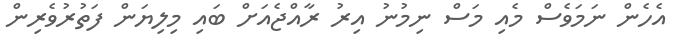
އެހެން ނަމަވެސް މެއި މަސް ނިމުނު އިރު ރާއްޖެއަށް ބައި މިލިޔަން ފަތުރުވެރިން